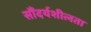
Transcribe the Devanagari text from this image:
सौंदर्यशीलता